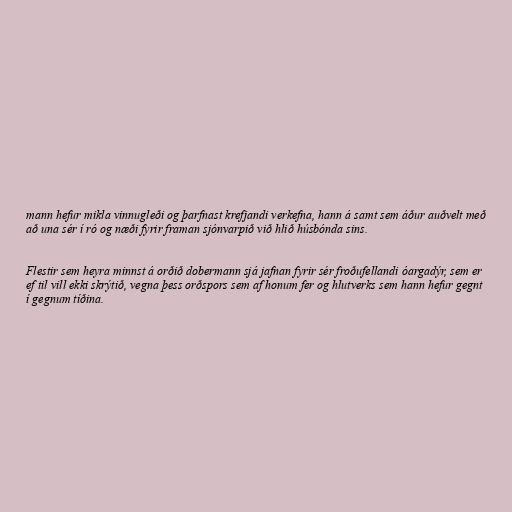
mann hefur mikla vinnugleði og þarfnast krefjandi verkefna, hann á samt sem áður auðvelt með
að una sér í ró og næði fyrir framan sjónvarpið við hlið húsbónda sins.

Flestir sem heyra minnst á orðið dobermann sjá jafnan fyrir sér froðufellandi óargadýr, sem er
ef til vill ekki skrýtið, vegna þess orðspors sem af honum fer og hlutverks sem hann hefur gegnt
í gegnum tíðina.